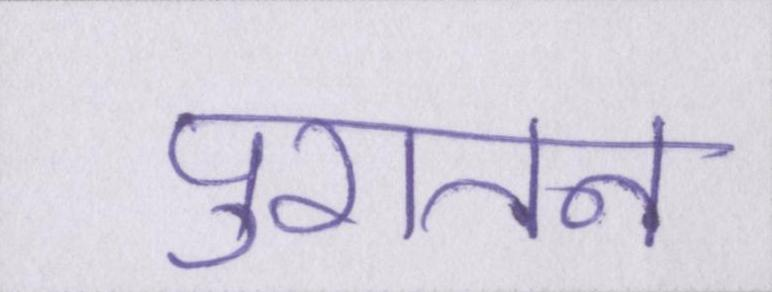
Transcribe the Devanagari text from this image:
पुरातन